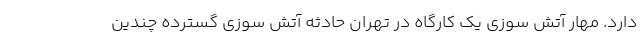
دارد. مهار آتش سوزی یک کارگاه در تهران حادثه آتش سوزی گسترده چندین